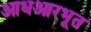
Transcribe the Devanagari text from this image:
आधआरभूत